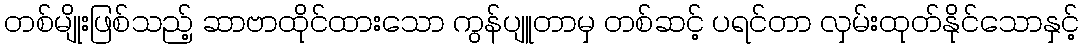
တစ်မျိုးဖြစ်သည့် ဆာဗာထိုင်ထားသော ကွန်ပျူတာမှ တစ်ဆင့် ပရင်တာ လှမ်းထုတ်နိုင်သောနှင့်